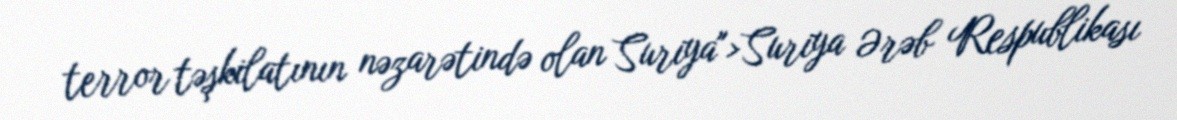
terror təşkilatının nəzarətində olan Suriya">Suriya Ərəb Respublikası